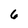
Character: 6